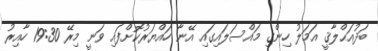
ބަދުއަޙްލާޤީ އަމަލު ހިންގި މައްސަލައިގައި އޭނާ ހައްޔަރުކޮށްފައި ވަނީ މިރޭ 19:30 ހާއިރު